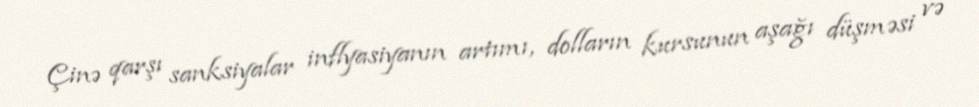
Çinə qarşı sanksiyalar inflyasiyanın artımı, dolların kursunun aşağı düşməsi və